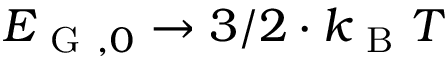
E _ { \mathrm { ~ G ~ } , 0 } \to 3 / 2 \cdot k _ { \mathrm { ~ B ~ } } T